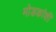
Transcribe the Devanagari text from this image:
मोडकांशी